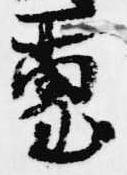
璽